画像に写った文字を読んでください
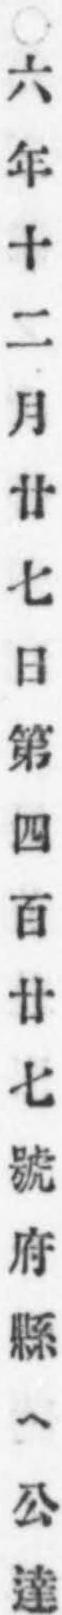
「○六年十二月廿七日第四百廿七號府縣ヘ公達」と書いてあります